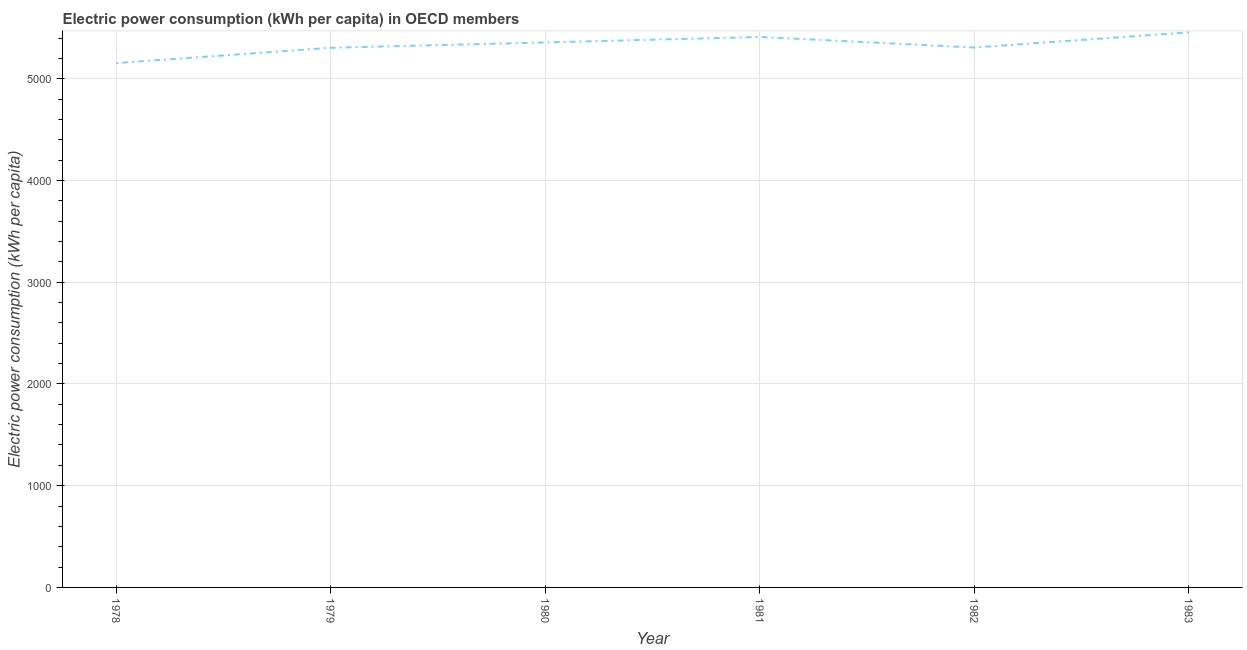
| Year | Electric power consumption |
 | --- | --- |
 | 1978 | 5.15e+03 |
 | 1979 | 5.3e+03 |
 | 1980 | 5.36e+03 |
 | 1981 | 5.41e+03 |
 | 1982 | 5.31e+03 |
 | 1983 | 5.46e+03 |